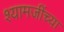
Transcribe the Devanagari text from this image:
श्यामजींच्या